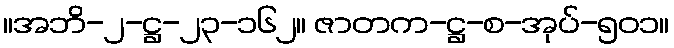
။အဘိ-၂-ဋ္ဌ-၂၃-၁၆၂။ ဇာတက-ဋ္ဌ-စ-အုပ်-၅၀၁။